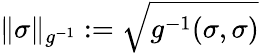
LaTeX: \| \sigma\| _{g^{-1}}:=\sqrt{g^{-1}(\sigma,\sigma)}